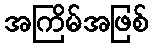
အကြိမ်အဖြစ်